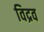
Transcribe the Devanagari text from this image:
विद्रव